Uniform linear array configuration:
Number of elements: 8
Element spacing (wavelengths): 0.75
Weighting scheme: uniform
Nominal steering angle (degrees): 0
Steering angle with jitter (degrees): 0.1977
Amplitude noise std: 0.05
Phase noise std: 0.05

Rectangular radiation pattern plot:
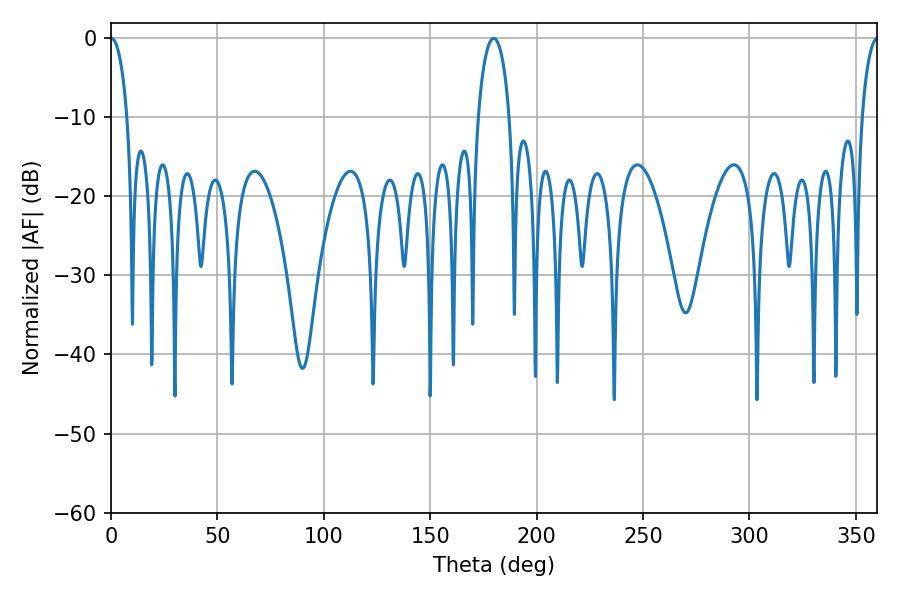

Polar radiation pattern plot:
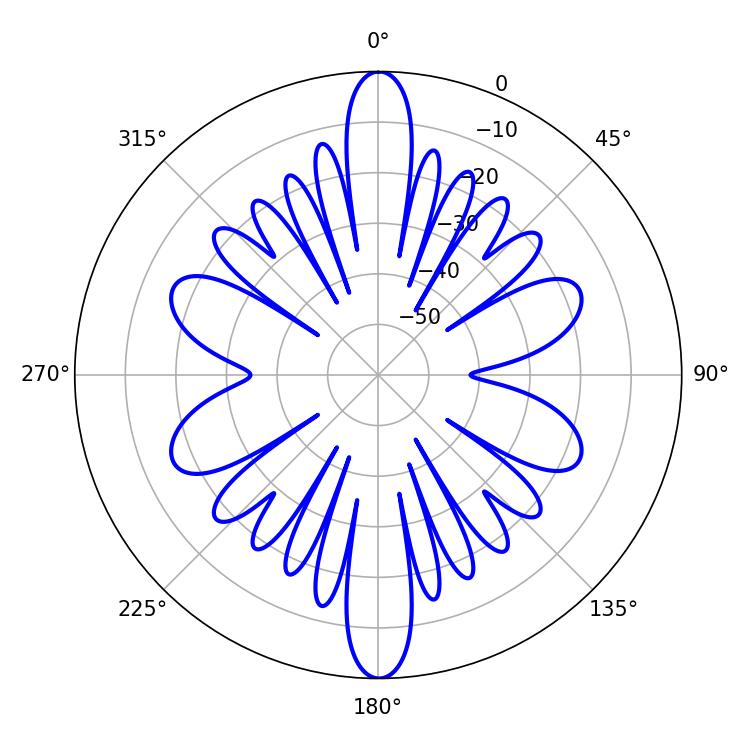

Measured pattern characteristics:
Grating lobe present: TRUE
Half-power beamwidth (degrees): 4.32
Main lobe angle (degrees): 0.18